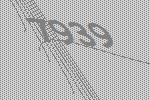
7939